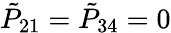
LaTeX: {\tilde{P}}_{21}={\tilde{P}}_{34}=0